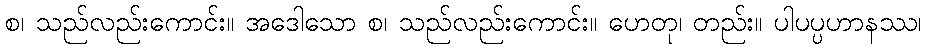
စ၊ သည်လည်းကောင်း။ အဒေါသော စ၊ သည်လည်းကောင်း။ ဟေတု၊ တည်း။ ပါပပ္ပဟာနဿ၊